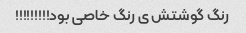
رنگ گوشتش ی رنگ خاصی بود!!!!!!!!!